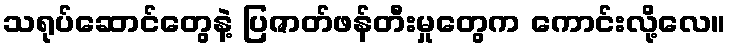
သရုပ်ဆောင်တွေနဲ့ ပြဇာတ်ဖန်တီးမှုတွေက ကောင်းလို့လေ။